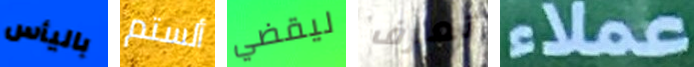
باليأس ألستم ليقضي تعرف عملاء